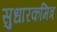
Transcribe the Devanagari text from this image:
सुधारकमित्र